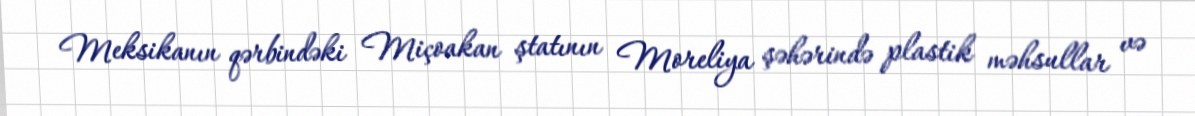
Meksikanın qərbindəki Miçoakan ştatının Moreliya şəhərində plastik məhsullar və